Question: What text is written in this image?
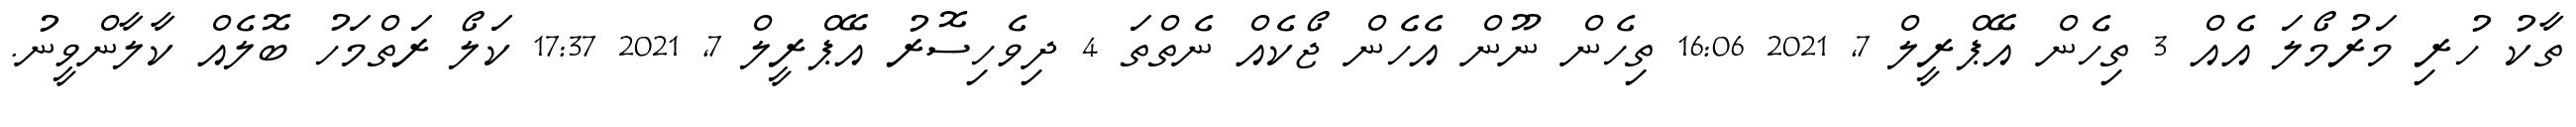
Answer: ތާކު ހުރި މަރުމޯލަ އެއް 3 ތިހެން އޭޕްރީލް 7, 2021 16:06 ތިހެން ނޫން އެހެން ޖޯކެއް ނެތްތަ 4 ދިވެހިސޮރު އޭޕްރީލް 7, 2021 17:37 ކަލޯ ރަތްމަހު ބޮލެއް ކާލާންވީނު.